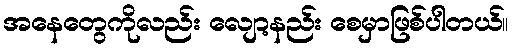
အနေတွေကိုလည်း လျော့နည်း စေမှာဖြစ်ပါတယ်။